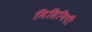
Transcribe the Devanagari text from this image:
मिसिनिपी